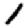
Digit: 1